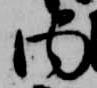
内